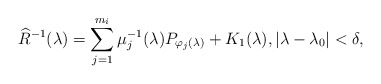
\begin{align*}\widehat{R}^{-1}(\lambda)=\sum_{j=1}^{m_i} \mu_j^{-1}(\lambda)P_{\varphi_j(\lambda)}+K_1(\lambda), |\lambda-\lambda_0|<\delta, \end{align*}